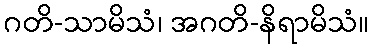
ဂတိ-သာမိသံ၊ အဂတိ-နိရာမိသံ။